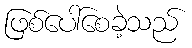
ဖြစ်ပေါ်စေခဲ့သည်